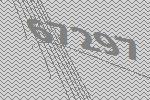
67297